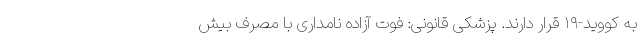
به کووید-۱۹ قرار دارند. پزشکی قانونی: فوت آزاده نامداری با مصرف بیش